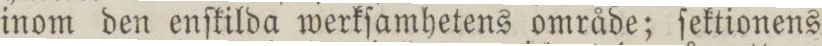
inom den enſkilda werkſamhetens område; ſektionens